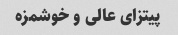
پیتزای عالی و خوشمزه